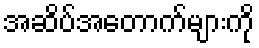
အဆိပ်အတောက်များကို